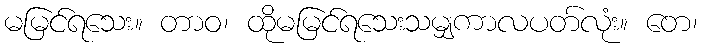
မမြင်ရသေး။ တာဝ၊ ထိုမမြင်ရသေးသမျှကာလပတ်လုံး။ တေ၊